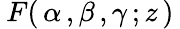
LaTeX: \: F(\, \alpha\, ,\beta\, ,\gamma\, ;z\, )\: